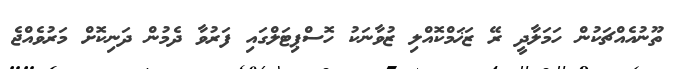
ތޫނުއެއްޗަކުން ހަމަލާދީ ރޭ ޒަޚަމްކޮއްލި ޒުވާނަކު ހޮސްޕިޓަލްގައި ފަރުވާ ދެމުން ދަނިކޮށް މަރުވެއްޖެ